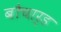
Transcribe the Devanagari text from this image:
बौचार्ड